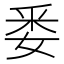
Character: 𮡎